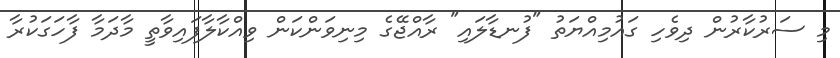
މި ސަރުކާރުން ދިވެހި ގައުމިއްޔަތު "ފުނޑާލައި" ރާއްޖޭގެ މިނިވަންކަން ވިއްކާލާފައިވާތީ މާދަމާ ފާހަގަކުރާ